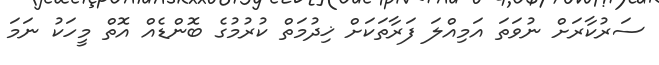
ސަރުކާރަށް ނުވަތަ އަމިއްލަ ފަރާތަކަށް ޚިދުމަތް ކުރުމުގެ ބޮންޑެއް އޮތް މީހަކު ނަމަ